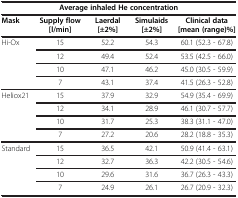
<table><thead><tr><td colspan="5"><b>Average inhaled He concentration</b></td></tr><tr><td><b>Mask</b></td><td><b>Supply flow [l/min]</b></td><td><b>Laerdal [±2%]</b></td><td><b>Simulaids [±2%]</b></td><td><b>Clinical data [mean (range)%]</b></td></tr></thead><tbody><tr><td rowspan="4">Hi-Ox</td><td>15</td><td>52.2</td><td>54.3</td><td>60.1 (52.3 - 67.8)</td></tr><tr><td>12</td><td>49.4</td><td>52.4</td><td>53.5 (42.5 - 66.0)</td></tr><tr><td>10</td><td>47.1</td><td>46.2</td><td>45.0 (30.5 - 59.9)</td></tr><tr><td>7</td><td>43.1</td><td>37.4</td><td>41.5 (26.3 - 52.8)</td></tr><tr><td rowspan="4">Heliox21</td><td>15</td><td>37.9</td><td>32.9</td><td>54.9 (35.4 - 69.9)</td></tr><tr><td>12</td><td>34.1</td><td>28.9</td><td>46.1 (30.7 - 57.7)</td></tr><tr><td>10</td><td>31.7</td><td>25.3</td><td>38.3 (31.1 - 47.0)</td></tr><tr><td>7</td><td>27.2</td><td>20.6</td><td>28.2 (18.8 - 35.3)</td></tr><tr><td rowspan="4">Standard</td><td>15</td><td>36.5</td><td>42.1</td><td>50.9 (41.4 - 63.1)</td></tr><tr><td>12</td><td>32.7</td><td>36.3</td><td>42.2 (30.5 - 54.6)</td></tr><tr><td>10</td><td>29.6</td><td>31.6</td><td>36.7 (26.3 - 43.3)</td></tr><tr><td>7</td><td>24.9</td><td>26.1</td><td>26.7 (20.9 - 32.3)</td></tr></tbody></table>